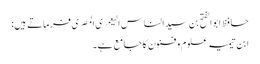
حافظ ابوالفتح بن سید الناس الیعمری المصری فرماتے ہیں:
ابن تیمیہ علوم و فنون کا جامع ہے۔